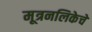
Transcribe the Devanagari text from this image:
मूत्रनलिकेचे